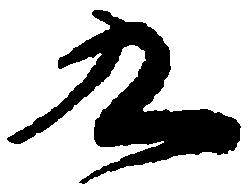
九